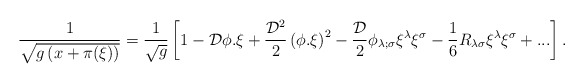
\begin{align*}{1\over {\sqrt {g\left( x+ \pi (\xi ) \right)}}}= {1\over {\sqrt g}}\left[ 1 - {\cal D} \phi.\xi +{{{\cal D}^2}\over 2} \left( \phi .\xi\right)^2 - {{\cal D}\over 2} \phi_{\lambda;\sigma} \xi^\lambda \xi^\sigma -{1\over 6} R_{\lambda \sigma}\xi^\lambda \xi^\sigma +...\right].\end{align*}